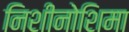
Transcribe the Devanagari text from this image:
निशीनोशिमा